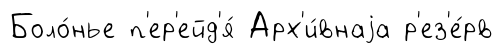
Боло́нье п'ер'ейд'я́ Арх'и́внаjа р'ез'е́рв